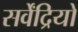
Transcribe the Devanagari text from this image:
सर्वेंद्रियों